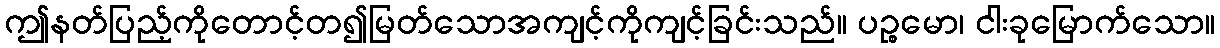
ဤနတ်ပြည့်ကိုတောင့်တ၍မြတ်သောအကျင့်ကိုကျင့်ခြင်းသည်။ ပဉ္စမော၊ ငါးခုမြောက်သော။